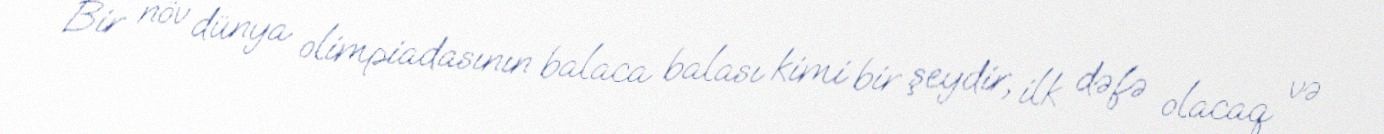
Bir növ dünya olimpiadasının balaca balası kimi bir şeydir, ilk dəfə olacaq və